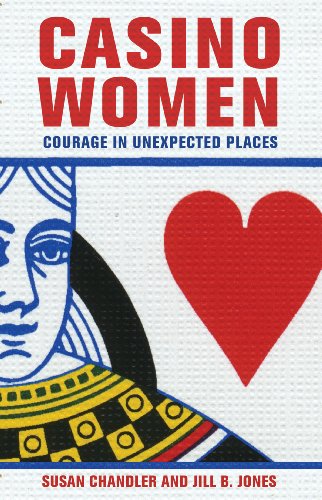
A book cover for Casino Women: Courage in Unexpected Places; Susan Chandler; Gay & Lesbian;